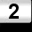
Digit: 2